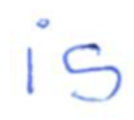
Text: is
Cross-out: clean
Writing tool: ballpoint